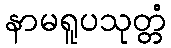
နာမရူပသုတ္တံ